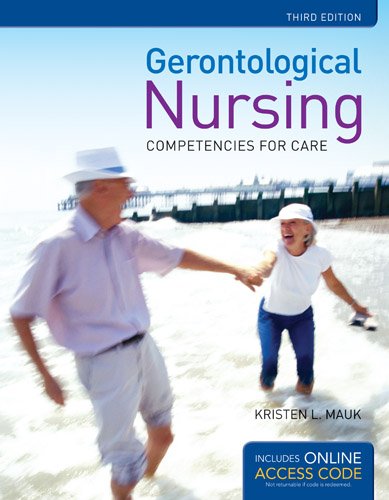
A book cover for Gerontological Nursing: Competencies For Care; Kristen L. Mauk; Medical Books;